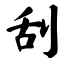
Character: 刮